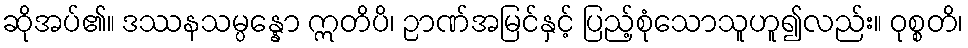
ဆိုအပ်၏။ ဒဿနသမ္ပန္နော ဣတိပိ၊ ဉာဏ်အမြင်နှင့် ပြည့်စုံသောသူဟူ၍လည်း။ ဝုစ္စတိ၊